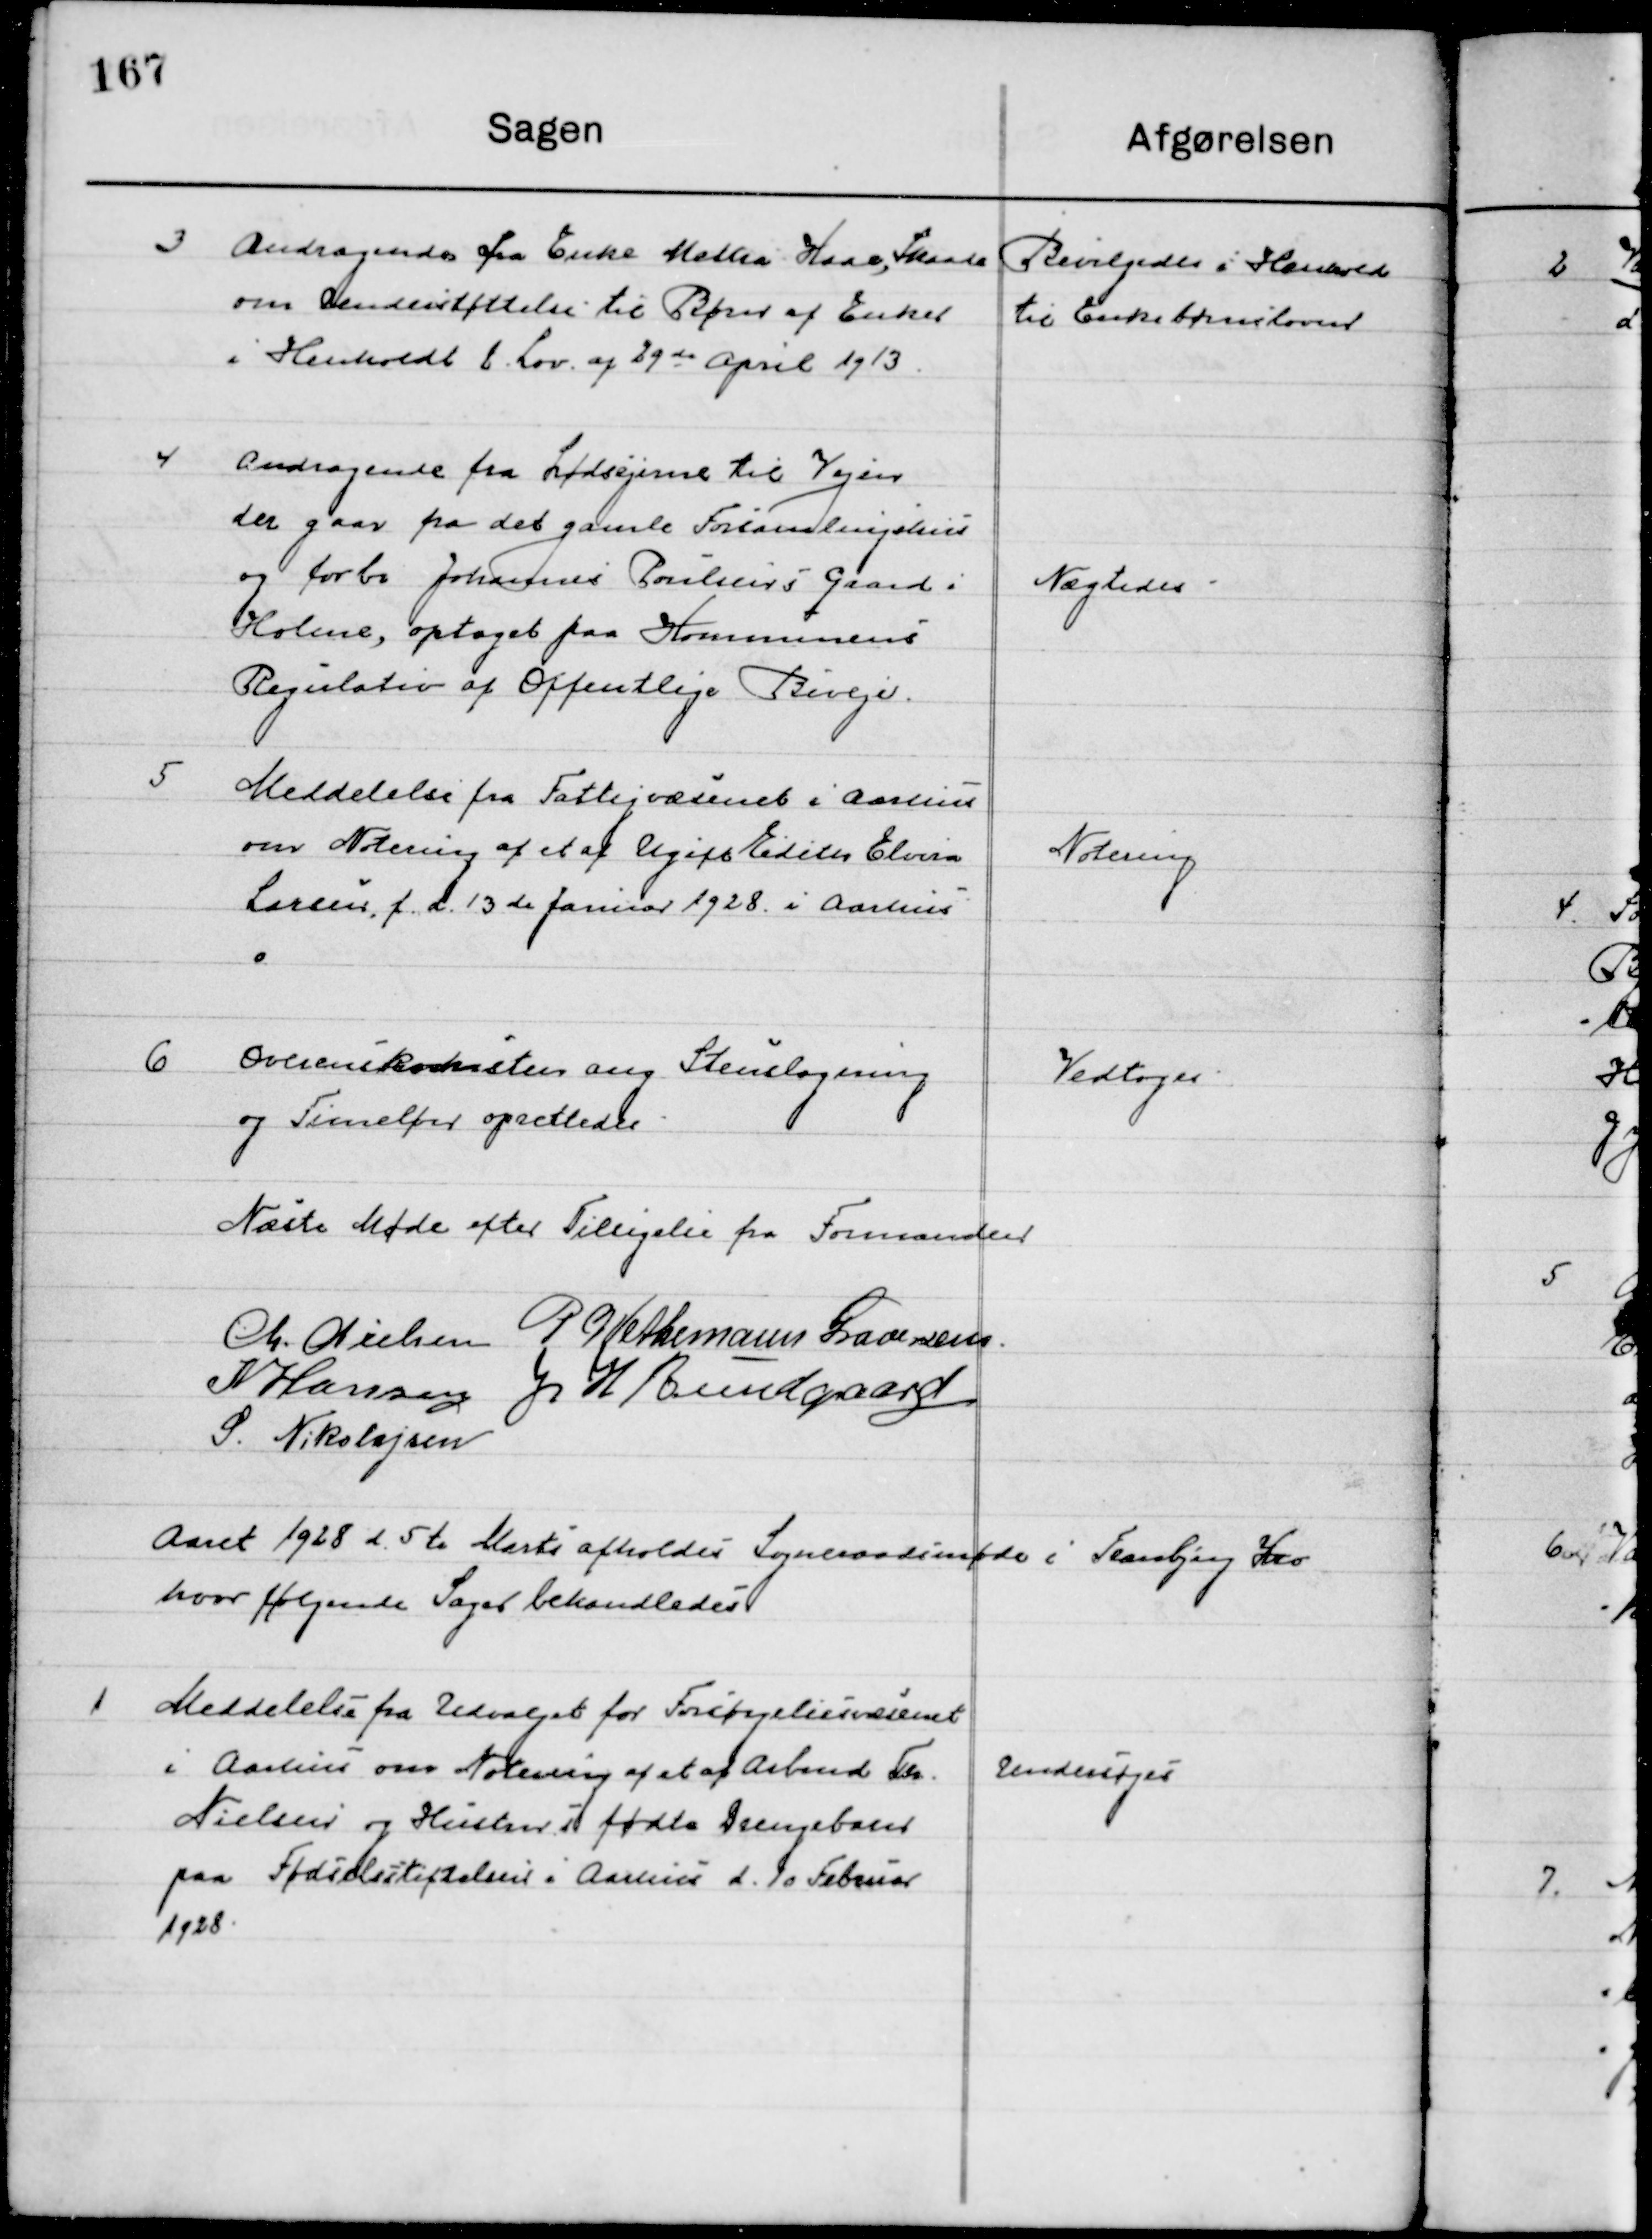
Transskription:
3

Andragende fra Enke Mathia Kaae, Skaade
Om Understøttelse til Børn af Enker 
I Henholdt t. Lov af 29  April 1913.

Bevilgedes i Henhold
til Enkekbørnsloven

4

Andragende fra Lodsejerne til Vejen
der gaar fra det gamle forsamlingshus
og forbi Johannes Poulsens Gaard i 
Holme, optaget paa Kommunens 
Regulativ af Offentlig Bivej.

Nægtedes

5

Meddelelse fra Fattigvæsenet i Aarhus
om Notering af et af Ugift Edith Elvira
Larsen, f. d. 13de Januar 1928 i Aarhus

Notering

6

Overenskomsten ang. Stenslagning
og timeløn oprettedes.

Vedtoges

Næste Møde efter Tilsigelse fra Formanden

M. Nielsen
P. Wethemann Graversen
N. Hansen
J. H. Bundgaard
S. Nikolajsen

Aaret 1928 d. 5te Marts afholdtes  Sogneraadsmøde i Tranbjerg Kro
hvor følgende Sager behandledes.

1

Meddelelse fra Udvalget for Forsørgelsesvæsenet
I Aarhus om Notering af et af Arbmd. Th.
Nielsen og Hustrus fødte Drengebarn
paa Fødselsstiftelsen i Aarhus d. 10 Februar
1928.

Undersøges